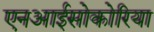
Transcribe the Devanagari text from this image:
एनआईसोकोरिया